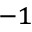
^ { - 1 }